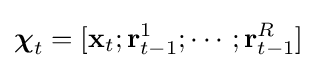
{\boldsymbol {\chi }}_{t}=[\mathbf {x} _{t};\mathbf {r} _{t-1}^{1};\cdots ;\mathbf {r} _{t-1}^{R}]